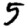
Digit: 5